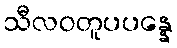
သီလဝတူပပန္နေ